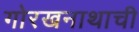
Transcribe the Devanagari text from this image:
गोरखनाथाची